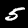
Digit: 5